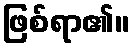
ဖြစ်ရာ၏။